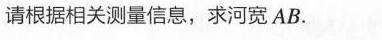
请根据相关测量信息，求河宽AB.